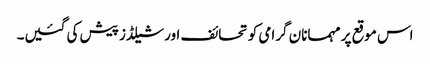
اس موقع پر مہمانان گرامی کو تحائف اور شیلڈز پیش کی گئیں۔